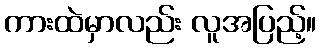
ကားထဲမှာလည်း လူအပြည့်။